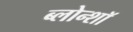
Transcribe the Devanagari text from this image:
ब्लोन्शॉ